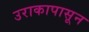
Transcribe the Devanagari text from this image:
उराकापासून